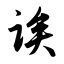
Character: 诶